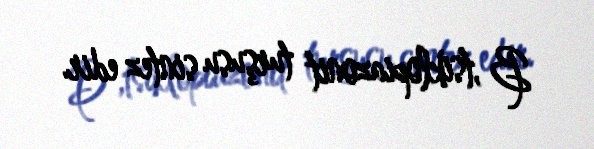
B ,tsiklopiazonit turşusu sintez edir.